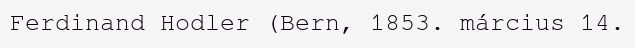
Ferdinand Hodler (Bern, 1853. március 14.